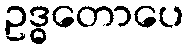
ဥဒ္ဓတောပေ